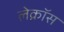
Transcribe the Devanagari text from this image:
लेक्रॉस